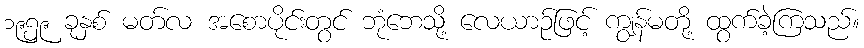
၁၉၅၉ ခုနှစ် မတ်လ အစောပိုင်းတွင် ဘုံဘေသို့ လေယာဉ်ဖြင့် ကျွန်မတို့ ထွက်ခဲ့ကြသည်။